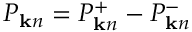
P _ { { \bf k } n } = P _ { { \bf k } n } ^ { + } - P _ { { \bf k } n } ^ { - }